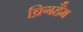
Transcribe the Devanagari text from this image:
ब्रिगहैम